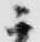
ニ